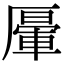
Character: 𠪷